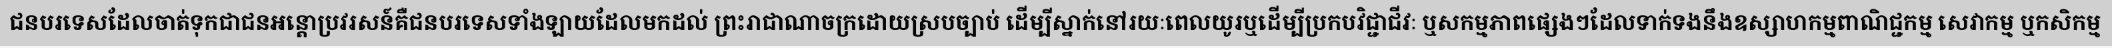
ជនបរទេសដែលចាត់ទុកជាជនអន្តោប្រវរសន៍គឺជនបរទេសទាំងឡាយដែលមកដល់ ព្រះរាជាណាចក្រដោយស្របច្បាប់ ដើម្បីស្នាក់នៅរយៈពេលយូរឬដើម្បីប្រកបវិជ្ជាជីវៈ ឬសកម្មភាពផ្សេងៗដែលទាក់ទងនឹងឧស្សាហកម្មពាណិជ្ជកម្ម សេវាកម្ម ឬកសិកម្ម